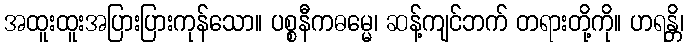
အထူးထူးအပြားပြားကုန်သော။ ပစ္စနီကဓမ္မေ၊ ဆန့်ကျင်ဘက် တရားတို့ကို။ ဟရန္တိ၊